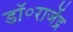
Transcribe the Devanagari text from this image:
डॉ॰राजेंद्र